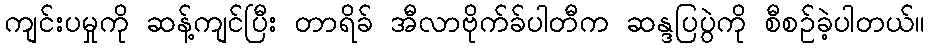
ကျင်းပမှုကို ဆန့်ကျင်ပြီး တာရိခ် အီလာဗိုက်ခ်ပါတီက ဆန္ဒပြပွဲကို စီစဉ်ခဲ့ပါတယ်။